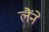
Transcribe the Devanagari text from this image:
लैंने